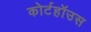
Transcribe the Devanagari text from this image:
कोर्टहॉउस